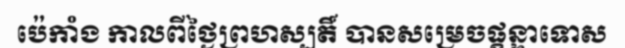
ប៉េកាំង កាលពីថ្ងៃព្រហស្បតិ៍ បានសម្រេចផ្តន្ទាទោស